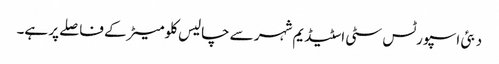
دبئی اسپورٹس سٹی اسٹیڈیم شہر سے چالیس کلومیٹر کے فاصلے پر ہے۔